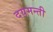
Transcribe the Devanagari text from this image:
दयमन्ती